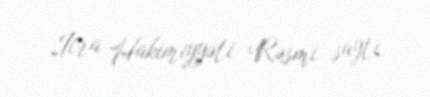
İcra Hakimiyyəti Rəsmi sayti.